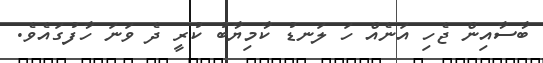
ބާސާއިން ޖެހި އަނެއް ހަ ލަނޑު ކާމިޔާބު ކުރީ ދެ ވަނަ ހާފުގައެވެ.